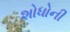
શોધોની